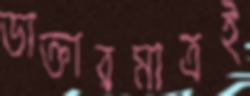
ডাক্তারমাত্রই